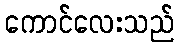
ကောင်လေးသည်